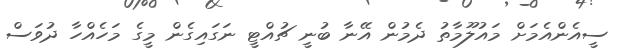
ސީއެންއެމަށް މައުލޫމާތު ދެމުން އޭނާ ބުނީ ޗުއްޓީ ނަގައިގެން މީގެ މަހެއްހާ ދުވަސް